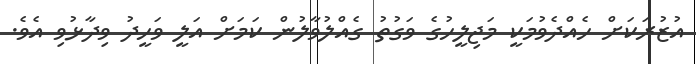
އުޒުރަކަށް ހެއްދެވުމަކީ މަޖިލީހުގެ ވަގުތު ގެއްލުވާލުން ކަމަށް އަލީ ވަހީދު ވިދާޅުވި އެވެ.